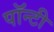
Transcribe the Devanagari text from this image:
पॉन्टी